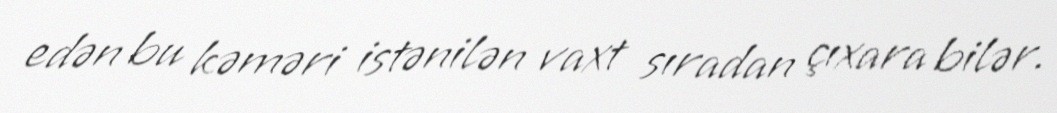
edən bu kəməri istənilən vaxt sıradan çıxara bilər.